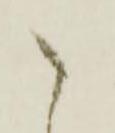
候